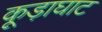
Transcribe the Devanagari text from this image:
कूड़ाघाट